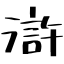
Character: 滸